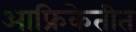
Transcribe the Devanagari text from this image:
आफ्रिकेतीत